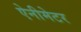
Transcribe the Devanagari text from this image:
ऐनीमेटर